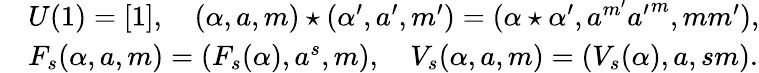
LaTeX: \begin{array}{rl}&{U(1)=[1],\quad(\alpha,a,m)\star(\alpha^{\prime},a^{\prime},m^{\prime})=(\alpha\star\alpha^{\prime},a^{m^{\prime}}{a^{\prime}}^{m},mm^{\prime}),}\\ &{F_{s}(\alpha,a,m)=(F_{s}(\alpha),a^{s},m),\quad V_{s}(\alpha,a,m)=(V_{s}(\alpha),a,sm).}\end{array}